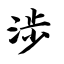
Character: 涉